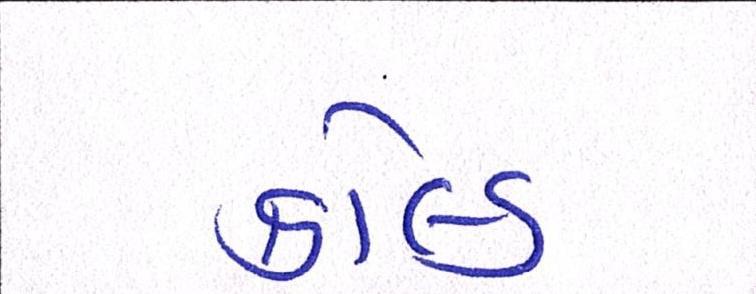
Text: કોલ્ડ